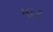
માટ